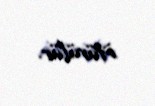
ötürülür.